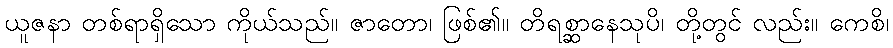
ယူဇနာ တစ်ရာရှိသော ကိုယ်သည်။ ဇာတော၊ ဖြစ်၏။ တိရစ္ဆာနေသုပိ၊ တို့တွင် လည်း။ ကေစိ၊